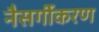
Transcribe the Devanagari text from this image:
नैसर्गीकरण